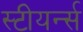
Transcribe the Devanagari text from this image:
स्टीयर्न्स